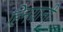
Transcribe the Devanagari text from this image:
हिनयानी